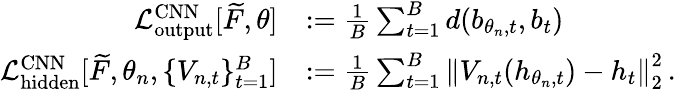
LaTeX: \begin{array}{rl}{\mathcal{L}_{\mathrm{output}}^{\mathrm{CNN}}[\widetilde{F},\theta]}&{:=\frac{1}{B}\sum_{t=1}^{B}d(b_{\theta_{n},t},b_{t})}\\ {\mathcal{L}_{\mathrm{hidden}}^{\mathrm{CNN}}[\widetilde{F},\theta_{n},\{ V_{n,t}\} _{t=1}^{B}]}&{:=\frac{1}{B}\sum_{t=1}^{B}\left\| V_{n,t}(h_{\theta_{n},t})-h_{t}\right\| _{2}^{2}\, .}\end{array}